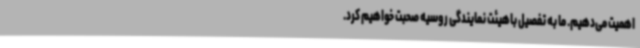
اهمیت می‌دهیم. ما به تفصیل باهیئت نمایندگی روسیه صحبت خواهیم کرد.